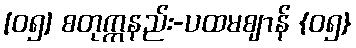
[၀၅] စတုက္ကနည်း-ပထမဈာန် {၀၅}